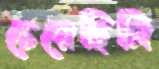
চেয়েছিলি